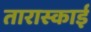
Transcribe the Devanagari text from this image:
तारास्काई